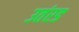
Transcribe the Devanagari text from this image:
उतंरड